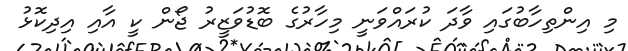
މި އިންތިހާބުގައި ވާދަ ކުރައްވަނީ މިހާރުގެ ބޮޑުވަޒީރު ޖޯން ކީ އާއި އިދިކޮޅު